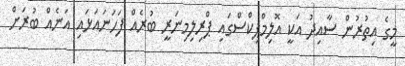
މީގެ އިތުރުން ސާއިދު އަކީ އޮލިމްޕިކްސްގައި ޕްރިލިމިނަރީ ބުރެއް ފަހަނައަޅައި އަނެއް ބުރަށް